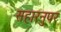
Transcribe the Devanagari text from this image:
सहारनुपर